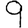
Digit: 9